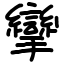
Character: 攣